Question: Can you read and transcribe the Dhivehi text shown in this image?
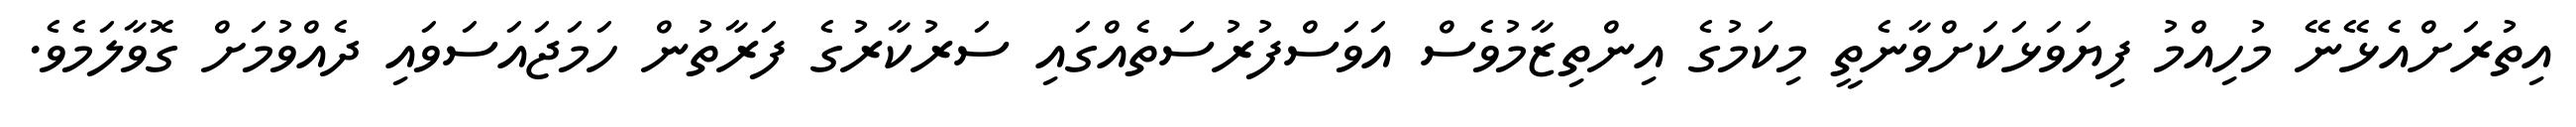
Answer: އިތުރަށްއެޅޭނޭ މުހިއްމު ފިޔަވަޅަކަށްވާނެތީ މިކަމުގެ އިންތިޒާމުވެސް އަވަސްފުރުސަތެއްގައި ސަރުކާރުގެ ފަރާތުން ހަމަޖައަސަވައި ދެއްވުމަށް ގޮވާލަމެވެ.